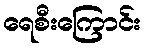
ရေစီးကြောင်း